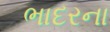
ભાદરના